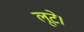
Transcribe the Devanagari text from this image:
लूटे।